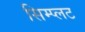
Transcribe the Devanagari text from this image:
सिम्प्लट